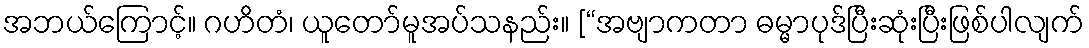
အဘယ်ကြောင့်။ ဂဟိတံ၊ ယူတော်မူအပ်သနည်း။ [“အဗျာကတာ ဓမ္မာပုဒ်ပြီးဆုံးပြီးဖြစ်ပါလျက်